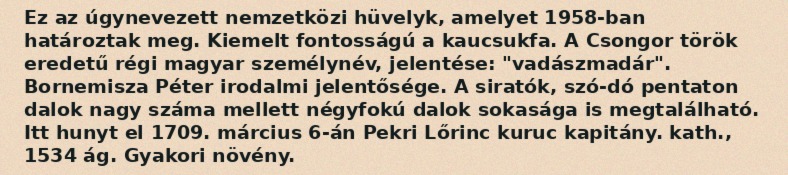
Ez az úgynevezett nemzetközi hüvelyk, amelyet 1958-ban határoztak meg. Kiemelt fontosságú a kaucsukfa. A Csongor török eredetű régi magyar személynév, jelentése: "vadászmadár". Bornemisza Péter irodalmi jelentősége. A siratók, szó-dó pentaton dalok nagy száma mellett négyfokú dalok sokasága is megtalálható. Itt hunyt el 1709. március 6-án Pekri Lőrinc kuruc kapitány. kath., 1534 ág. Gyakori növény.